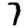
Digit: 7